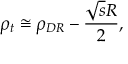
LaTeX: \rho _ { t } \cong \rho _ { D R } - \frac { \sqrt { s } R } { 2 } ,